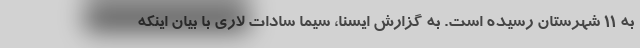
به 11 شهرستان رسیده است. به گزارش ایسنا، سیما سادات لاری با بیان اینکه